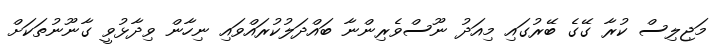
މަޖިލިސް ކުރާ ގޭގެ ބޭރުގައި މިއަދު ނޫސްވެރިންނާ ބައްދަލުކުރައްވައި ނިހާން ވިދާޅުވީ ގާނޫނުތަކަށް